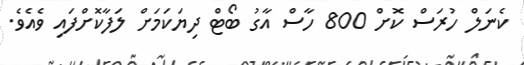
ކެނަލް ހުރަސް ކޮށް 800 ހާސް އާގު ބޯޓް ދިޔަކަމަށް ލަފާކޮށްފައި ވެއެވެ.